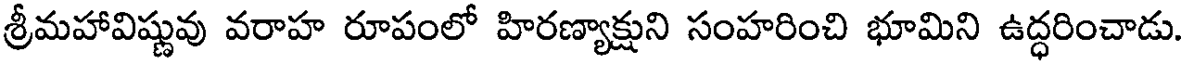
శ్రీమహావిష్ణువు వరాహ రూపంలో హిరణ్యాక్షుని సంహరించి భూమిని ఉద్ధరించాడు.